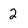
Character: 2